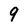
Character: 9